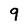
Character: 9